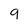
Character: 9